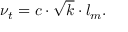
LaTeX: \nu _ { t } = c \cdot { \sqrt { k } } \cdot l _ { m } .